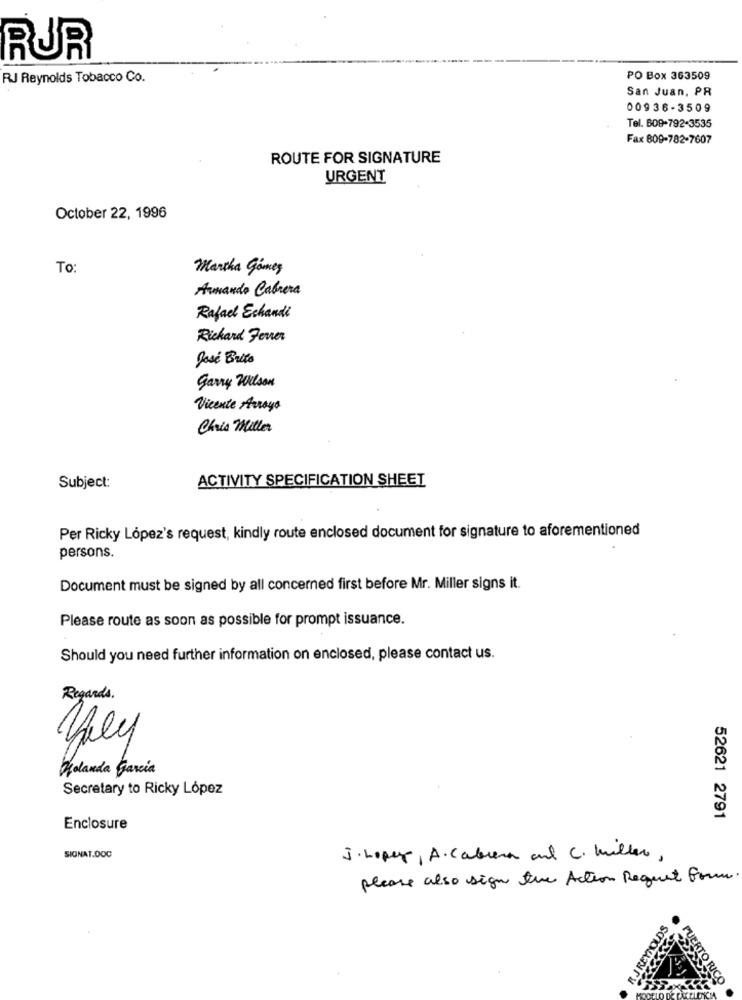
RUR
RJ Reynolds Tobacco Co.
PO Box 363509
San Juan, PR
00936-3509
Tel. 809-792-3535
Fax 809-782-7607
ROUTE FOR SIGNATURE
URGENT
October 22, 1996
To:
Martha Gómez
Armando Cabrera
Rafael Echandi
Richard Fener
José Brito
Garry Wilson
Vicente Arroyo
Chris Miller
ACTIVITY SPECIFICATION SHEET
Subject:
Per Ricky López's request, kindly route enclosed document for signature to aforementioned
persons.
Document must be signed by all concerned first before Mr. Miller signs it.
Please route as soon as possible for prompt issuance.
Should you need further information on enclosed, please contact us.
Regards.
Holanda García
Secretary to Ricky López
52621 2791
Enclosure
SIGNAT.DOC
J. Loper, A. Cabrera and C. Miller,
please also sign the Action Request Form
R JREYNOLDS
PUERTO RICO